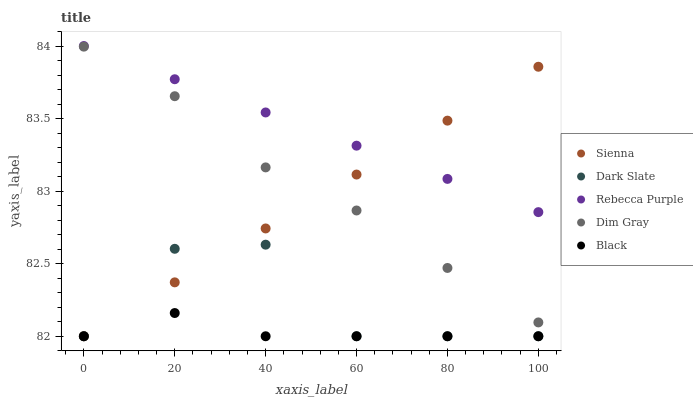
| xaxis_label | Sienna | Dark Slate | Rebecca Purple | Dim Gray | Black |
 | --- | --- | --- | --- | --- | --- |
 | 0 | 82 | 82 | 84 | 84 | 82 |
 | 20 | 82.4 | 82.6 | 83.8 | 83.7 | 82.2 |
 | 40 | 82.7 | 82.6 | 83.5 | 83.2 | 82 |
 | 60 | 83.1 | 82 | 83.3 | 82.9 | 82 |
 | 80 | 83.5 | 82 | 83.1 | 82.5 | 82 |
 | 100 | 83.9 | 82 | 82.9 | 82.1 | 82 |